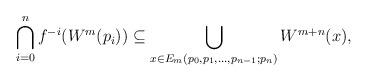
LaTeX: \begin{align*}\bigcap\limits_{i=0}^n f^{-i} (W^m(p_i)) \subseteq \bigcup\limits_{x\in E_m(p_0,p_1,\dots,p_{n-1};p_n)} W^{m+n} (x),\end{align*}